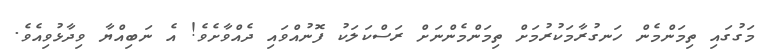
މަގުގައި ތިމަންމެން ހަނގުރާމަކުރުމަށް ތިމަންމެންނަށް ރަސްކަލަކު ފޮނުއްވައި ދެއްވާށެވެ! އެ ނަބިއްޔާ ވިދާޅުވިއެވެ.